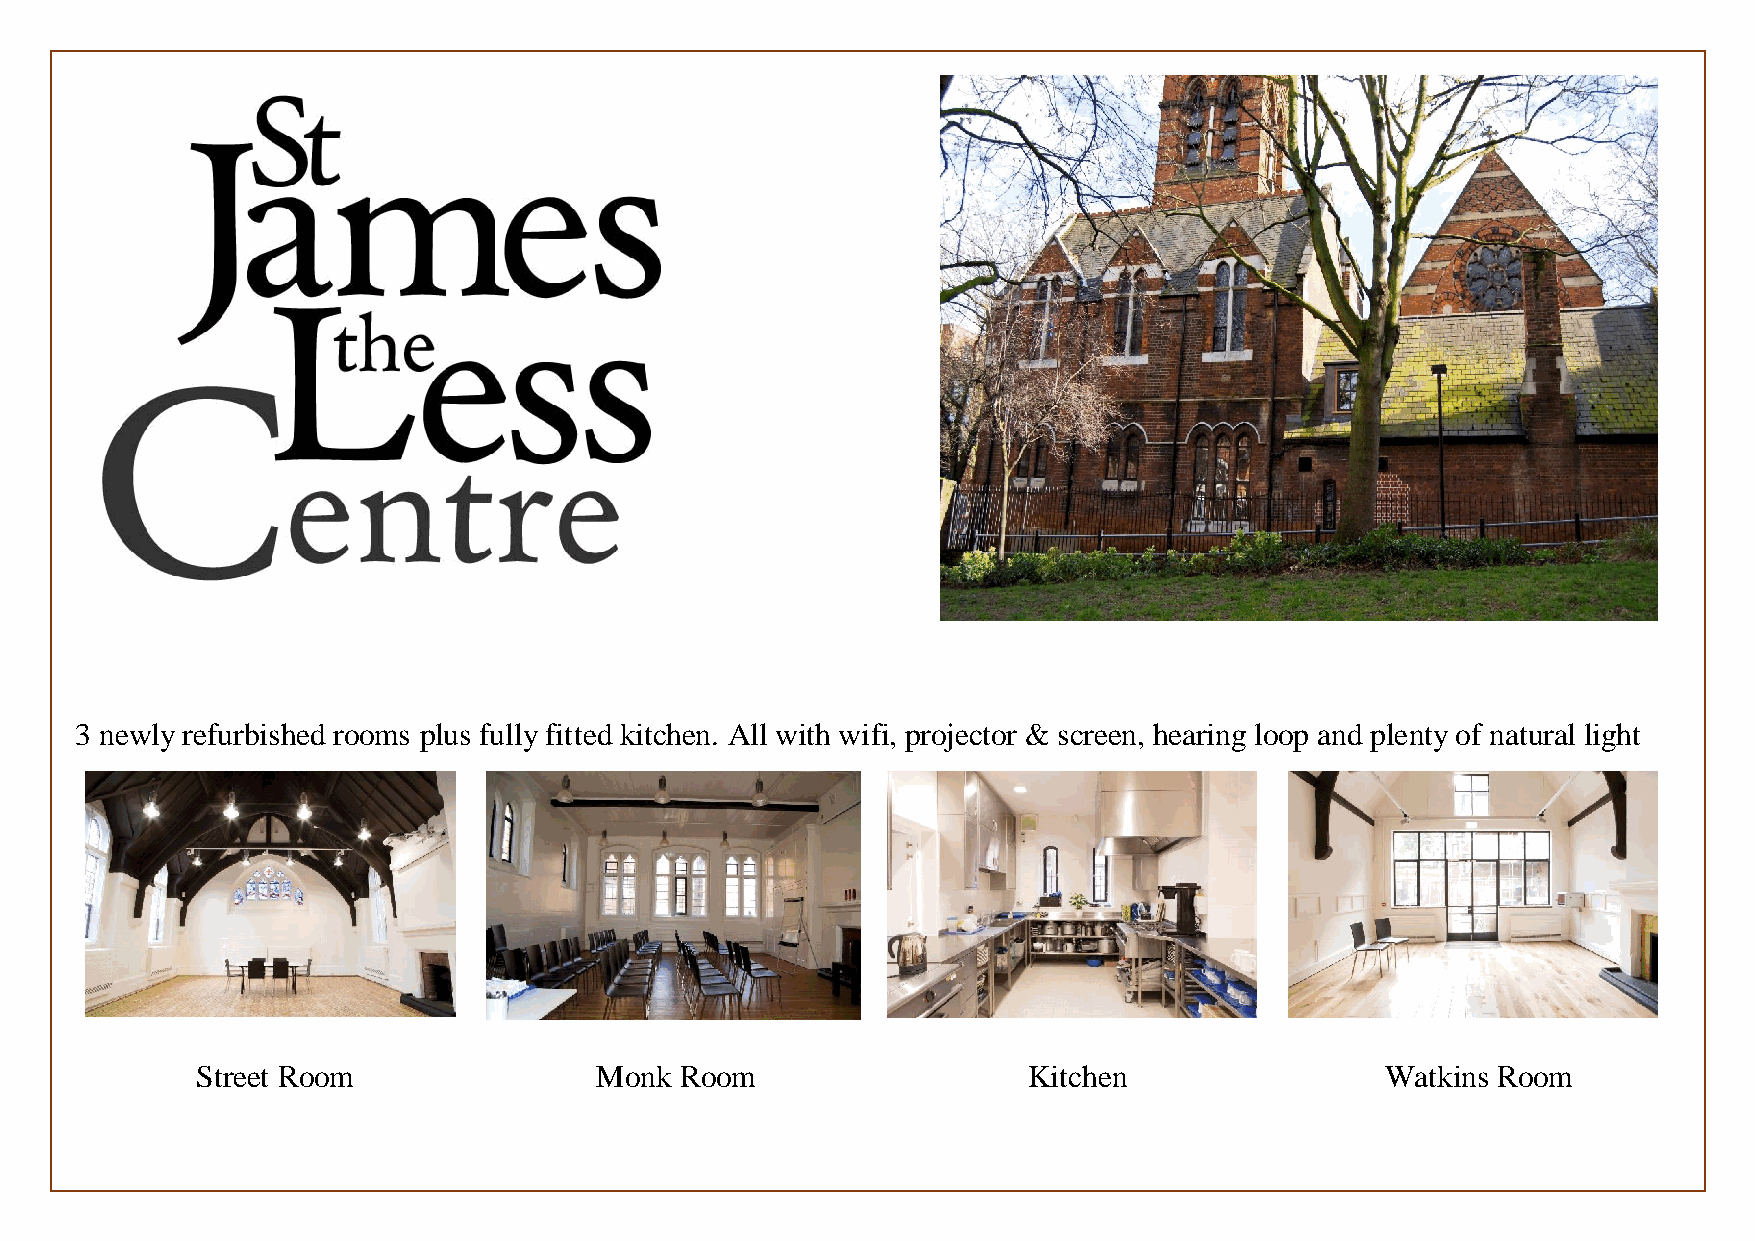
3 newly refurbished rooms plus fully fitted kitchen. All with wifi, projector & screen, hearing loop and plenty of natural light
 Street Room               Monk  Room                   Kitchen                 Watkins Room